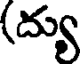
(ద్యు